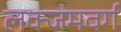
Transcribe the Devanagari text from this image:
लक्जमवर्ग